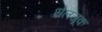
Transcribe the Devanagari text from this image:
सेलजूक